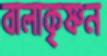
বালাকৃষ্ণন